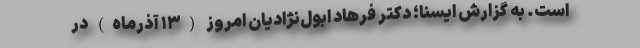
است. به گزارش ایسنا؛ دکتر فرهاد ابول‌نژادیان امروز (۱۳ آذرماه) در